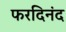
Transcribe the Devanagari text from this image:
फरदिनंद